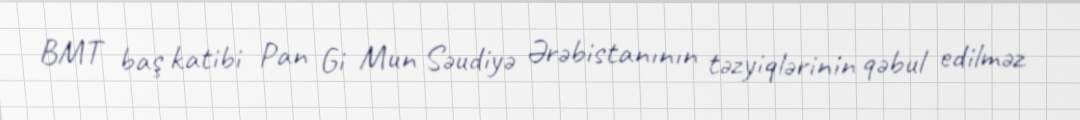
BMT baş katibi Pan Gi Mun Səudiyə Ərəbistanının təzyiqlərinin qəbul edilməz